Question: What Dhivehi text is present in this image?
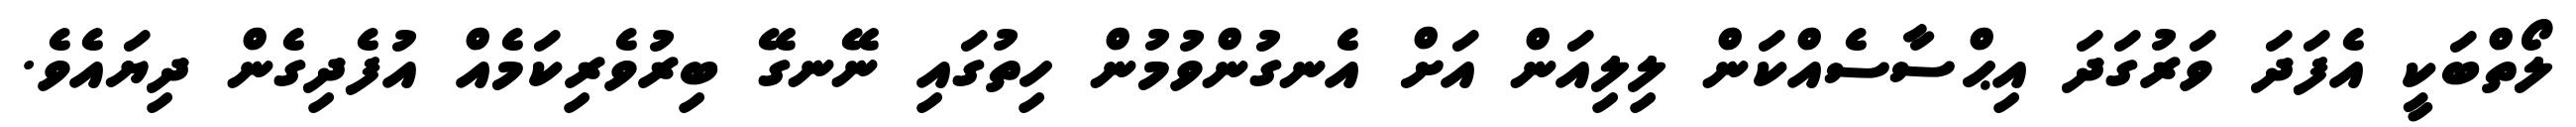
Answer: ލޯތްބަކީ އެފަދަ ވަރުގަދަ އިޙްސާސެއްކަން ލިލިއަން އަށް އެނގުންވުމުން ހިތުގައި ނޭނގޭ ބިރުވެރިކަމެއް އުފެދިގެން ދިޔައެވެ.